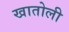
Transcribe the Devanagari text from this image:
खातोली